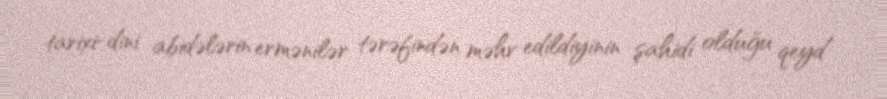
tarixi-dini abidələrin ermənilər tərəfindən məhv edildiyinin şahidi olduğu qeyd